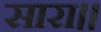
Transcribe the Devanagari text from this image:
सारा।।